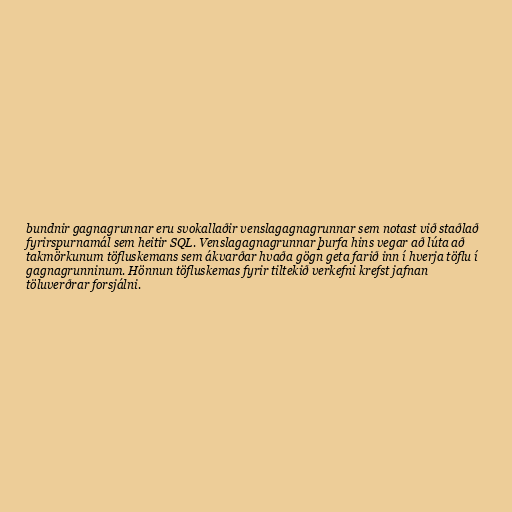
bundnir gagnagrunnar eru svokallaðir venslagagnagrunnar sem notast við staðlað
fyrirspurnamál sem heitir SQL. Venslagagnagrunnar þurfa hins vegar að lúta að
takmörkunum töfluskemans sem ákvarðar hvaða gögn geta farið inn í hverja töflu í
gagnagrunninum. Hönnun töfluskemas fyrir tiltekið verkefni krefst jafnan
töluverðrar forsjálni.